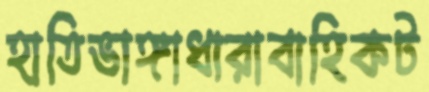
হাতিভাঙ্গাধারাবাহিকট